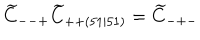
LaTeX: \widetilde { C } _ { -- + } \widetilde { C } _ { + + ( 5 1 \mid 5 1 ) } = \widetilde { C } _ { - + - }